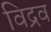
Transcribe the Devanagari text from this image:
विद्रव